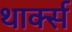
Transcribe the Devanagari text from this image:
थार्क्स